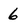
Character: 6